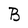
Character: B